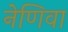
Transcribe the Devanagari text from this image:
नेणिवा